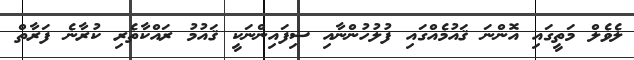
ލެވެލް މަތީގައި އޮންނަ ޤައުމެއްގައި ފުލުހުންނާއި ސިފައިންނަކީ ޤައުމު ރައްކާތެރި ކުރާނެ ފަރާތް